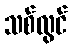
သစ်လွင်